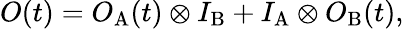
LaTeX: O(t)=O_{\mathrm{A}}(t)\otimes I_{\mathrm{B}}+I_{\mathrm{A}}\otimes O_{\mathrm{B}}(t),